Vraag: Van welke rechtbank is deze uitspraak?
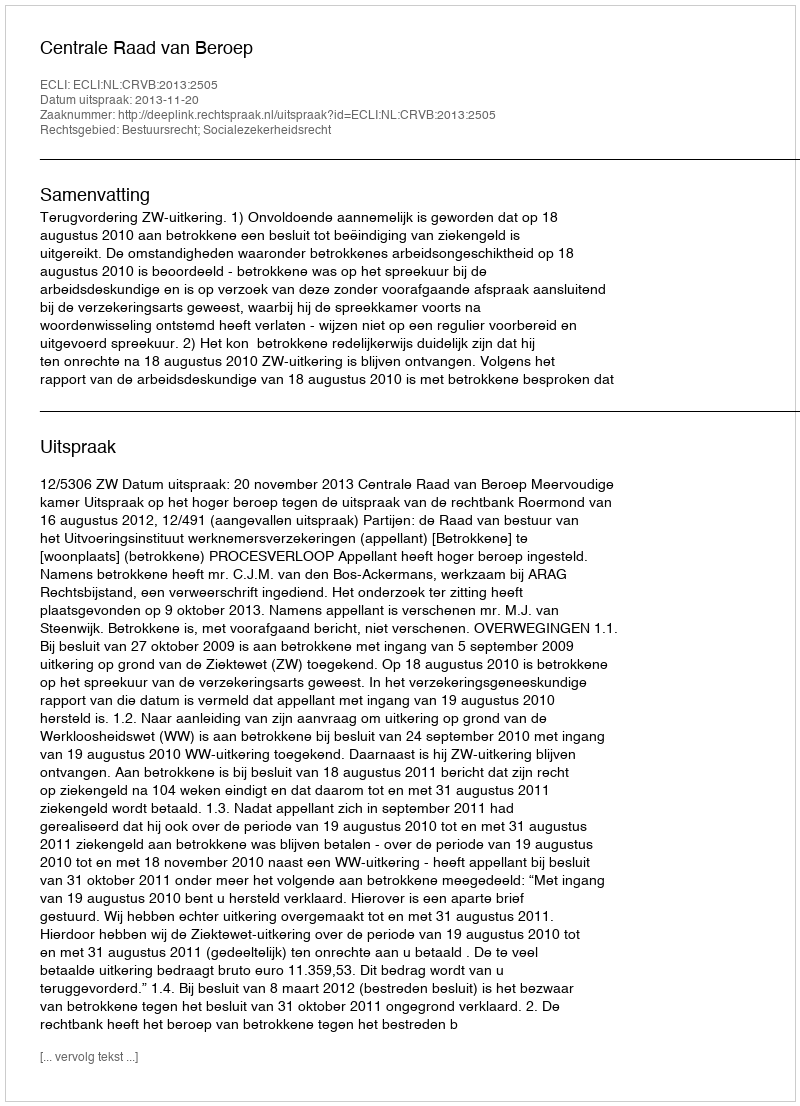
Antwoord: Centrale Raad van Beroep